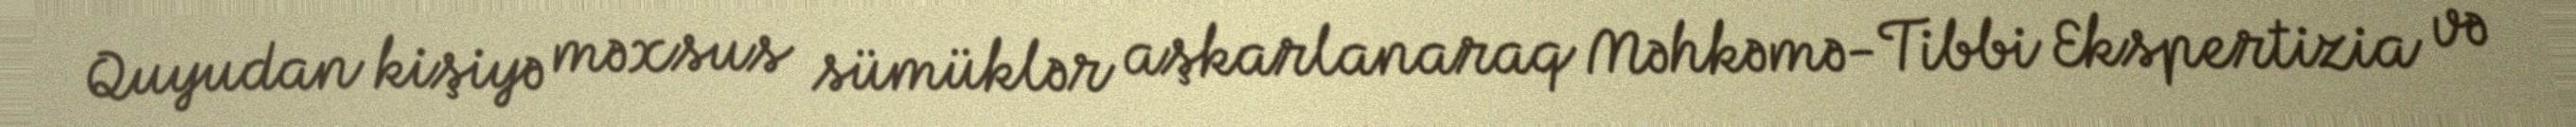
Quyudan kişiyə məxsus sümüklər aşkarlanaraq Məhkəmə-Tibbi Ekspertizia və